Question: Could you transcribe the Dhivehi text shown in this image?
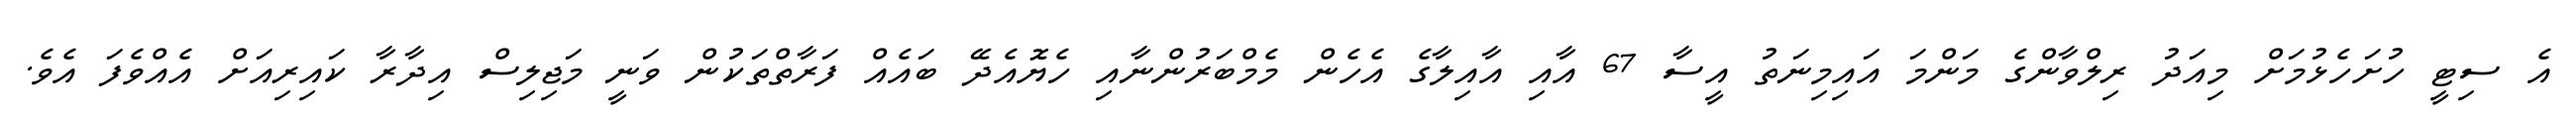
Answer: އެ ސިޓީ ހުށަހެޅުމަށް މިއަދު ރިލްވާންގެ މަންމަ އައިމިނަތު އީސާ 67 އާއި އާއިލާގެ އެހެން މެމްބަރުންނާއި ހެޔޮއެދޭ ބައެއް ފަރާތްތަކުން ވަނީ މަޖިލިސް އިދާރާ ކައިރިއަށް އެއްވެފަ އެވެ.